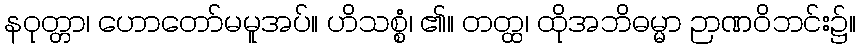
နဝုတ္တာ၊ ဟောတော်မမူအပ်။ ဟိသစ္စံ၊ ၏။ တတ္ထ၊ ထိုအဘိဓမ္မာ ဉာဏဝိဘင်း၌။